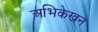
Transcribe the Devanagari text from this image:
अभिकेखन